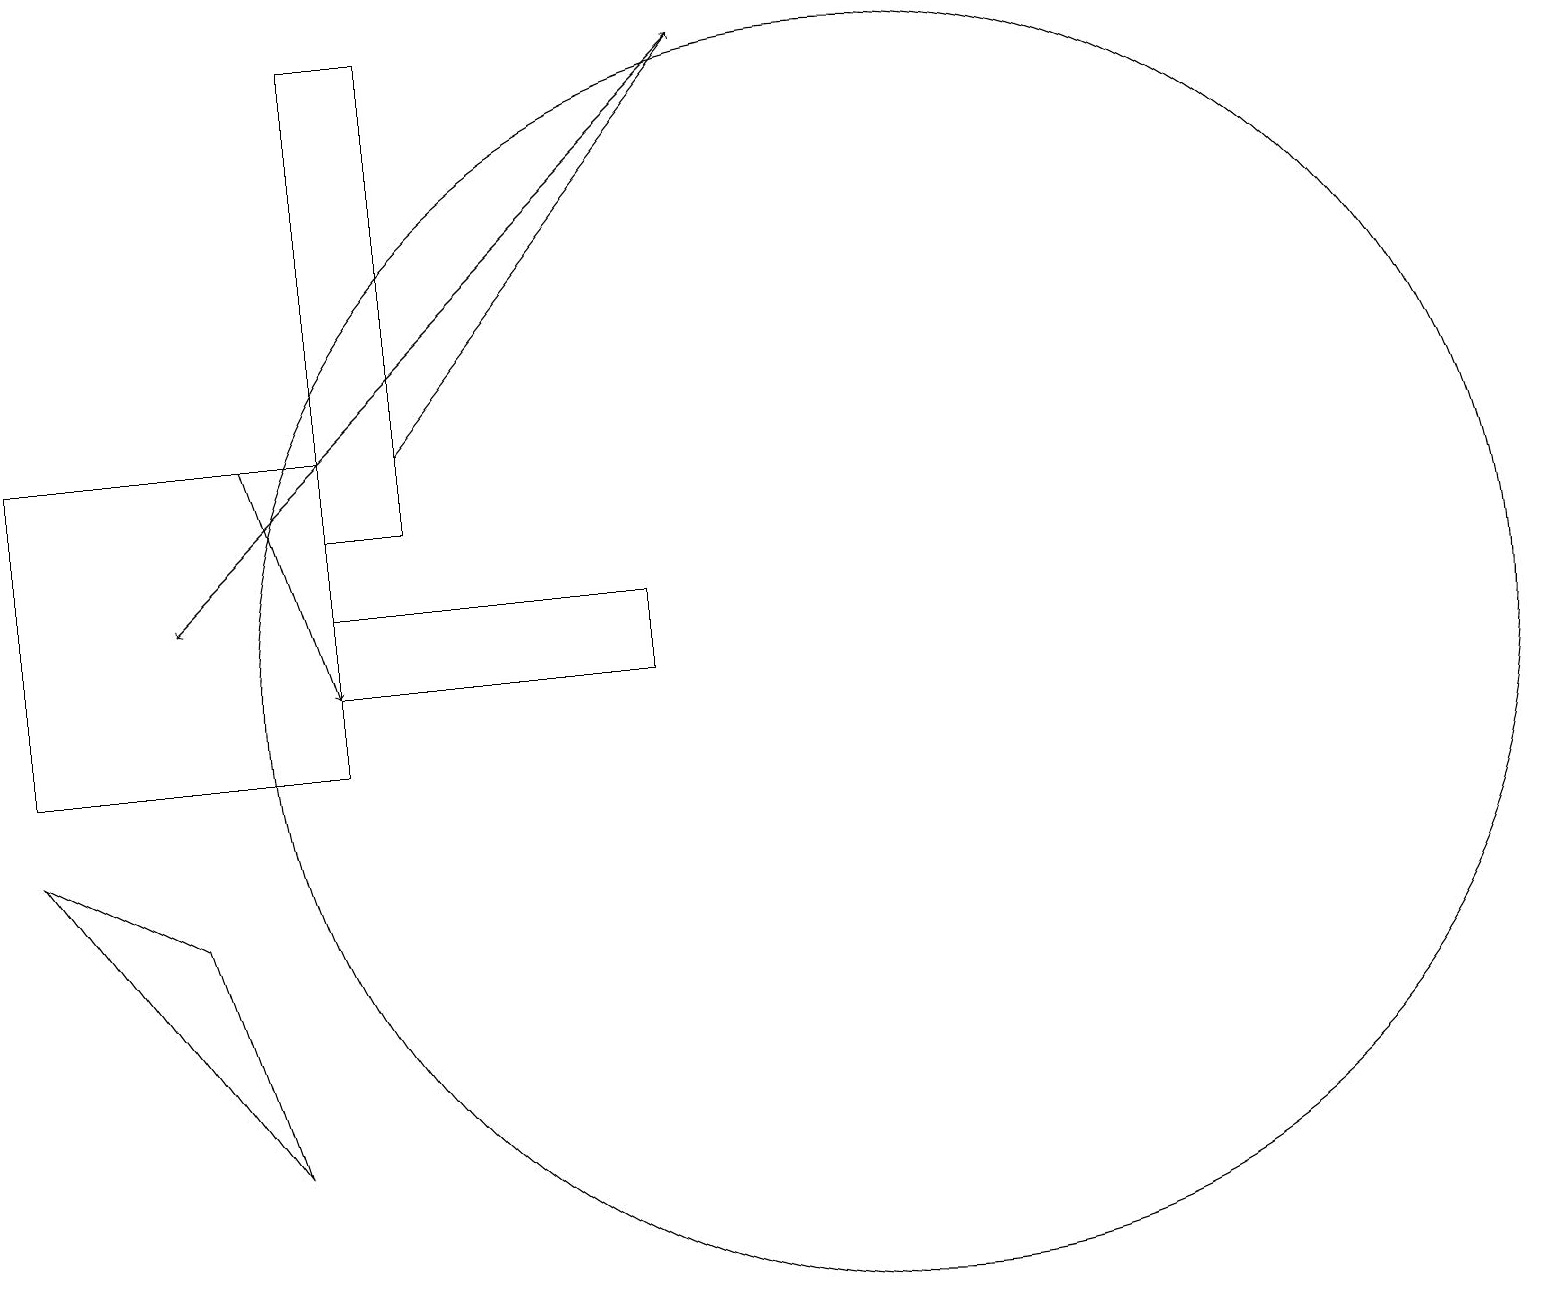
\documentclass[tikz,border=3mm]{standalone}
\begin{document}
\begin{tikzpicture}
\draw[->] (5,14) -- (9,19);
\draw (5,19) rectangle (4,13);
\draw[->] (9,19) -- (2,12);
\draw (4,10) rectangle (0,14);
\draw (0,9) -- (3,5) -- (2,8) -- cycle;
\draw (11,11) circle (8);
\draw (4,12) rectangle (8,11);
\draw[->] (3,14) -- (4,11);
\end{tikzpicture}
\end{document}